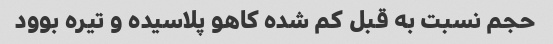
حجم نسبت به قبل کم شده کاهو پلاسیده و تیره بوود